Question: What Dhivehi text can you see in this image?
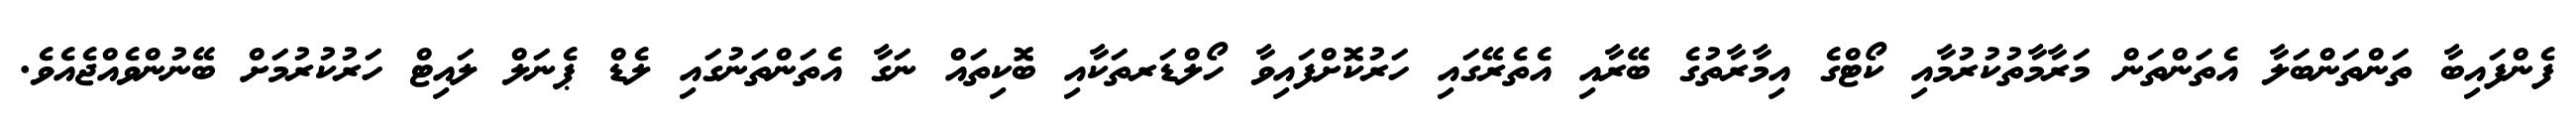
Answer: ފެންފައިބާ ތަންތަންބަލާ އެތަންތަން މަރާމާތުކުރުމާއި ކޯޓްގެ އިމާރާތުގެ ބޭރާއި އެތެރޭގައި ހަރުކޮށްފައިވާ ހޯލްޑަރތަކާއި ބޮކިތައް ނަގާ އެތަންތަނުގައި ލެޑް ޕެނަލް ލައިޓް ހަރުކުރުމަށް ބޭނުންވެއްޖެއެވެ.